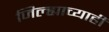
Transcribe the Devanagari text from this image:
जिल्ह्याच्याही